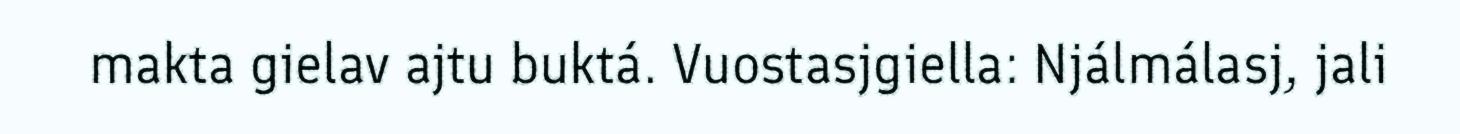
makta gielav ajtu buktá. Vuostasjgiella: Njálmálasj, jali